Indian journal of veterinary science and animal husbandry - Volumes 26-27, 1956-1957
Year: 1956
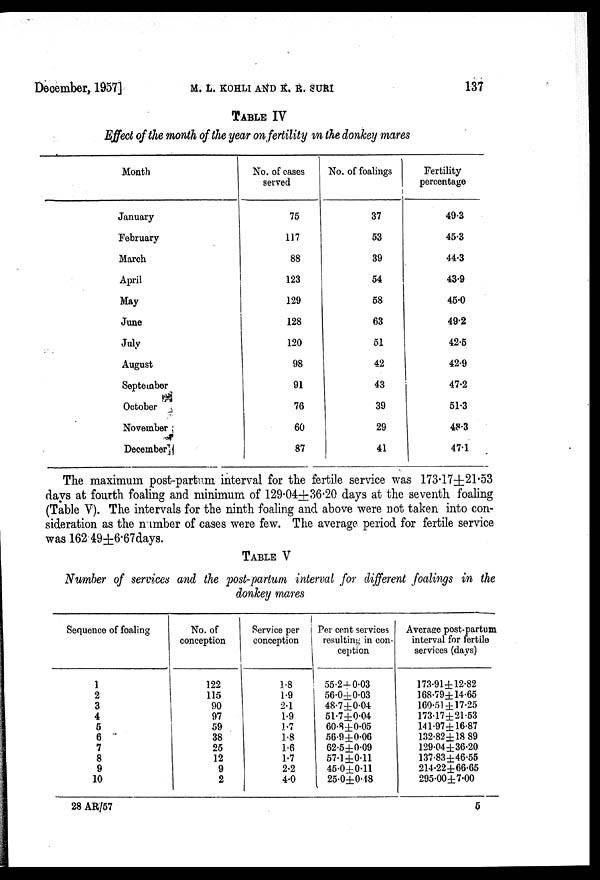
December, 1957]
M. L.
KOHLI
AND
K.
R.
SURI
137
TABLE IV
Effect of the month of the year on fertility in the donkey mares
Month
January
February
March
April
May
June
July
August
September
October
November
December
No. of cases
served
75
117
88
123
129
128
120
98
91
76
60
87
No. of foalings
37
53
39
54
58
63
51
42
43
39
29
41
Fertility
percentage
49.3
45.3
44.3
43.9
45.0
49.2
42.5
42.9
47.2
51.3
48.3
47.1
The maximum post-partum interval for the fertile service was 173.17±21.53
days at fourth foaling and minimum of 129.04±36.20 days at the seventh foaling
(Table V). The intervals for the ninth foaling and above were not taken into con-
sideration as the number of cases were few. The average period for fertile service
was 162.49±6.67days.
TABLE V
Number of services and the post-partum interval for different foalings in the
donkey mares
Sequence of foaling
1
2
3
4
5
6
7
8
9
10
No. of
conception
122
115
90
97
59
38
25
12
9
2
Service per
conception
1.8
1.9
2.1
1.9
1.7
1.8
1.6
1.7
2.2
4.0
Per cent services
resulting in con-
ception
55.2±0.03
56.0±0.03
48.7±0.04
5l.7±0.04
60.8±0.05
56.9±0.06
62.5±0.09
57.1 ±0.11
45.0±0.11
25.0±0.18
Average post-partum
interval for fertile
services (days)
173.91±12.82
168.79±14.65
160.51±17.25
173.17±21.53
141.97±16.87
132.82±18 89
129.04±36.20
137.83±46.55
214.22±66.65
295.00±7.00
28 AR/57
5